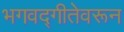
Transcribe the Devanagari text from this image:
भगवद्गीतेवरून